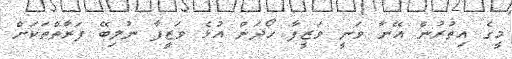
މީގެ އިތުރުން އޭނާ ވަނީ ވަޒީފާ ހޯދަން އުޅެ ވަޒީފާ ނުލިބޭ ފަރާތްތަކަށް